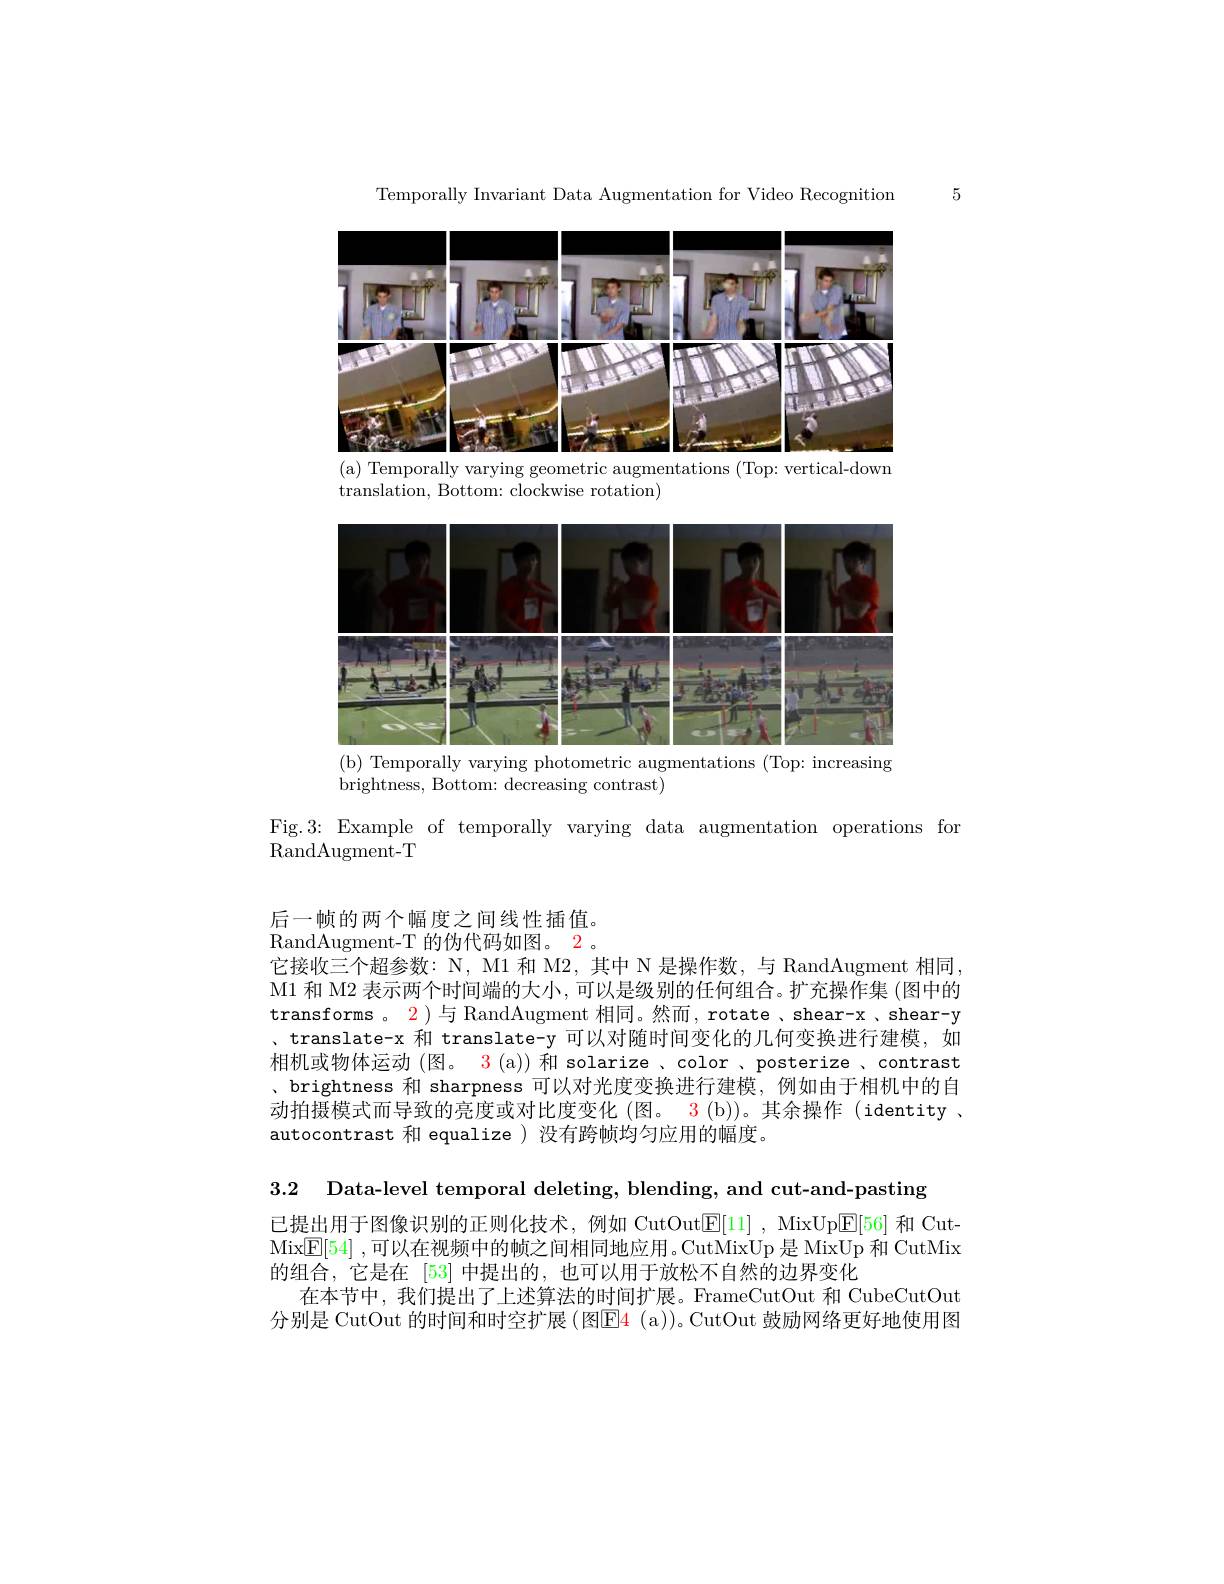
Temporally Invariant Data Augmentation for Video Recognition

5

<FigureHere>
( a) Temporally varying geometric augmentations ( Top: vertical- down

translation, Bottom: clockwise rotation)

<FigureHere>
(b) Temporally varying photometric augmentations (Top: increasing

brightness, Bottom: decreasing contrast)

Fig.3: Example of temporally varying data augmentation operations for
RandAugment- T

后一帧的两个幅度之间线性插值。RandAugment-T 的伪代码如图。2 。它接收三个超参数：N, M1 和 M2, 其中 N 是操作数，与 RandAugment 相同M1 和 M2 表示两个时间端的大小，可以是级别的任何组合。扩充操作集 (图中的transforms。$\color{red}{2}$)与 RandAugment 相同。然而，rotate 、shear-x , shear-y 、translate-x 和 translate-y 可以对随时间变化的几何变换进行建模，如相机或物体运动 (图。3 (a)) 和 solarize 、color 、posterize ,contrast 、brightness 和 sharpness 可以对光度变换进行建模，例如由于相机中的自动拍摄模式而导致的亮度或对比度变化 (图。3 (b))。其余操作 (identity , autocontrast 和 equalize)没有跨帧均匀应用的幅度。

3.2 Data-level temporal deleting, blending, and cut-and-pasting

已提出用于图像识别的正则化技术，例如 CutOut$\boxed{\mathrm{E}}[11]$, MixUp$\boxed{\mathrm{E}}[56]$和 CutMix$\boxed{\mathrm{F}}[54]$ ,可以在视频中的帧之间相同地应用。CutMixUp是 MixUp 和 CutMix 的组合，它是在[53]中提出的，也可以用于放松不自然的边界变化
在本节中，我们提出了上述算法的时间扩展。FrameCutOut 和 CubeCutOut 分别是 CutOut 的时间和时空扩展 (图$\color{red}{\mathrm{E4~(a))}}$。CutOut 鼓励网络更好地使用图